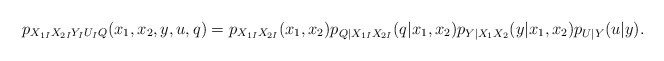
\begin{align*}p_{X_{1I}X_{2I}Y_IU_IQ}(x_1,x_2,y,u,q)&=p_{X_{1I}X_{2I}}(x_{1},x_{2})p_{Q|X_{1I}X_{2I}}(q|x_1,x_2)p_{Y|X_{1}X_{2}}(y|x_{1},x_{2})p_{U|Y}(u|y).\end{align*}